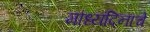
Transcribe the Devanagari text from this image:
माध्यंदिनाचे